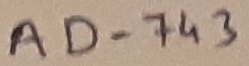
Text: AD-743